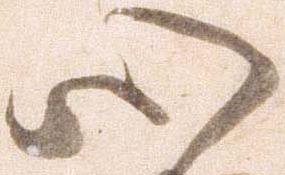
心